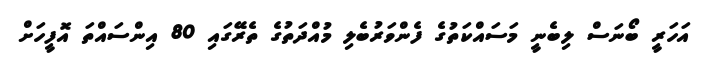
އަހަރީ ބޯނަސް ލިބެނީ މަސައްކަތުގެ ފެންވަރުބެލި މުއްދަތުގެ ތެރޭގައި 80 އިންސައްތަ އޮފީހަށް